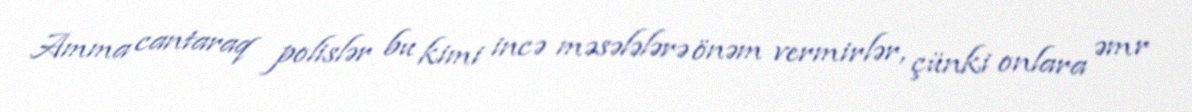
Amma cantaraq polislər bu kimi incə məsələlərə önəm vermirlər, çünki onlara əmr